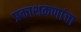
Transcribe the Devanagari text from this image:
प्रकाशकणांचा